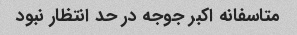
متاسفانه اکبر جوجه در حد انتظار نبود